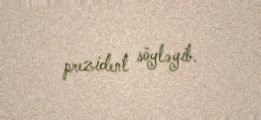
prezident söyləyib.